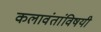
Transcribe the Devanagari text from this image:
कलावंतांविषयी